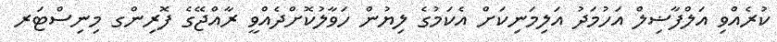
ކުރެއްވި އަލްފާޟިލް އަހުމަދު އަލިމަނިކަށް އެކަމުގެ ލިޔުން ހަވާލުކޮށްދެއްވީ ރާއްޖޭގެ ފޮރިންގ މިނިސްޓަރ